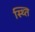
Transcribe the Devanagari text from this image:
स्थ्‍ति